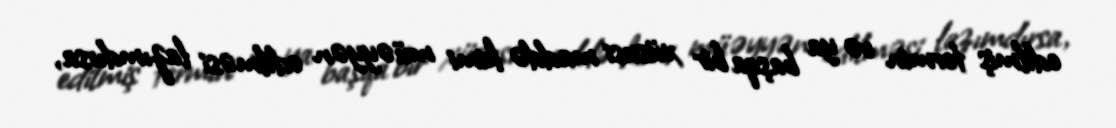
edilmiş termin və ya başqa bir xüsusi maddə kimi müəyyən edilməsi lazımdırsa,